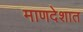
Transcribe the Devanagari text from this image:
माणदेशात